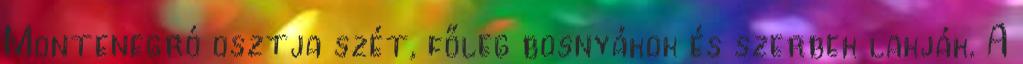
Montenegró osztja szét, főleg bosnyákok és szerbek lakják. A